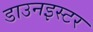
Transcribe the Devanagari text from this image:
डाउनइस्टर